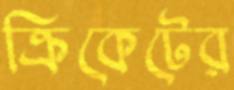
ক্রিকেটের